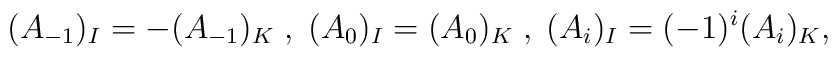
(A_{-1})_{I}=-(A_{-1})_{K} \; , \;(A_{0})_{I}=(A_{0})_{K} \; , \;(A_{i})_{I}=(-1)^{i}(A_{i})_{K} ,